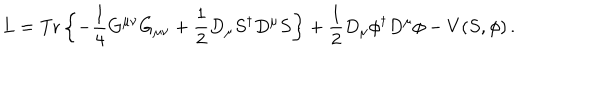
L = \mathrm { T r } \left\{ - \frac { 1 } { 4 } G ^ { \mu \nu } G _ { \mu \nu } + \frac { 1 } { 2 } D _ { \mu } S ^ { \dagger } D ^ { \mu } S \right\} + \frac { 1 } { 2 } D _ { \mu } \phi ^ { \dagger } D ^ { \mu } \phi - V ( S , \phi ) \, .